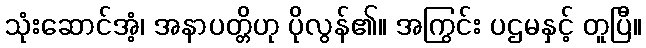
သုံးဆောင်အံ့၊ အနာပတ္တိဟု ပိုလွန်၏။ အကြွင်း ပဌမနှင့် တူပြီ။